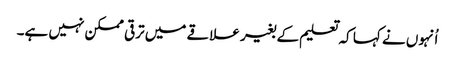
اُنہوں نے کہا کہ تعلیم کے بغیر علاقے میں ترقی ممکن نہیں ہے۔